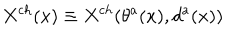
X ^ { c h } ( x ) \equiv X ^ { c h } ( \theta ^ { a } ( x ) , d ^ { a } ( x ) )